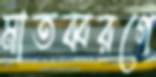
মাতব্বরগে